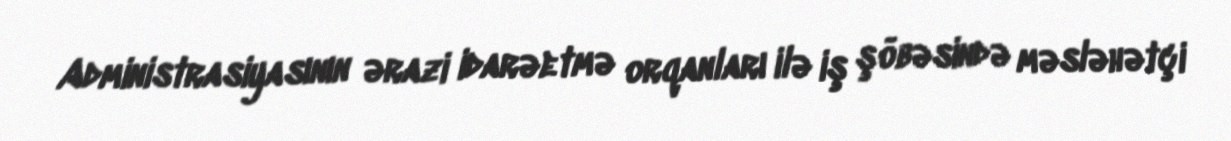
Administrasiyasının ərazi idarəetmə orqanları ilə iş şöbəsində məsləhətçi